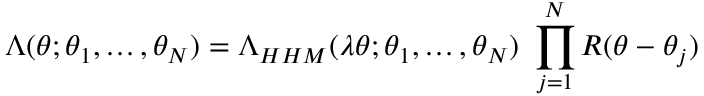
\Lambda ( \theta ; \theta _ { 1 } , \ldots , \theta _ { N } ) = \Lambda _ { H H M } ( \lambda \theta ; \theta _ { 1 } , \ldots , \theta _ { N } ) \ \prod _ { j = 1 } ^ { N } R ( \theta - \theta _ { j } )